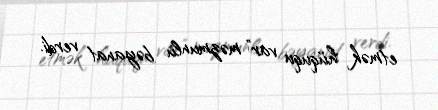
etmək hüququ var” məzmunlu bəyanat verdi.